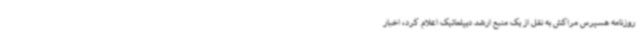
روزنامه هسپرس مراکش به نقل از یک منبع ارشد دیپلماتیک اعلام کرد، اخبار